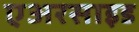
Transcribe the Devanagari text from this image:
एअरसाइड